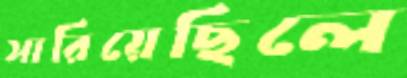
সারিয়েছিলে